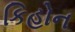
કિહોન